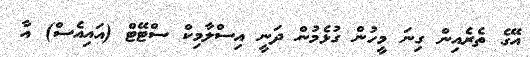
އޭގެ ތެރެއިން ގިނަ މީހުން ގުޅެމުން ދަނީ އިސްލާމިކް ސްޓޭޓް (އައިއެސް) އާ